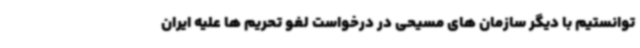
توانستیم با دیگر سازمان های مسیحی در درخواست لغو تحریم ها علیه ایران